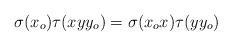
LaTeX: \begin{align*}\sigma(x_o) \tau(xyy_o) = \sigma(x_o x) \tau(yy_o)\end{align*}